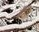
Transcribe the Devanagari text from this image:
बैरी।